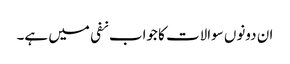
ان دونوں سوالات کا جواب نفی میں ہے۔